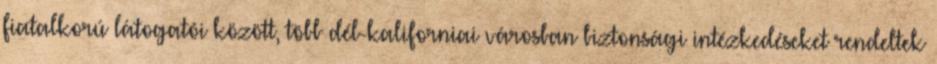
fiatalkorú látogatói között, több dél-kaliforniai városban biztonsági intézkedéseket rendeltek